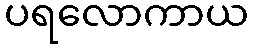
ပရလောကာယ